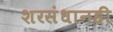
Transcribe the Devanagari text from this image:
शरसंधानही